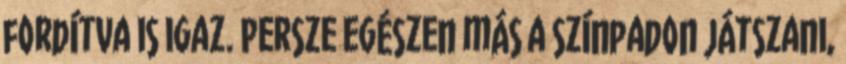
fordítva is igaz. Persze egészen más a színpadon játszani,